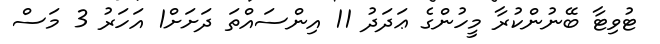
ޓުވިޓާ ބޭނުންކުރާ މީހުންގެ ޢަދަދު 11 އިންސައްތަ ދަށަށް1 އަހަރު 3 މަސް